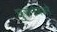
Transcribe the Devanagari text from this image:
घुसनेवाले